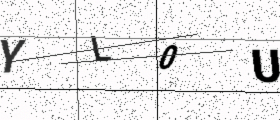
Text: YL0U